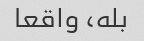
بله، واقعا